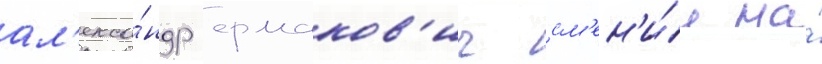
ал'екса́ндр ермаков'ич см'ен'и́л на́